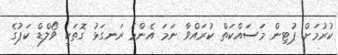
ކުރުމަށް ޕުޓިން މަސައްކަތް ކުރައްވާ ނަމަ އެންމެ ރަނގަޅު ގޮތަކީ ވޯލްޑް ކަޕުގެ